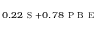
_ { 0 . 2 2 \mathrm { ~ S ~ } + 0 . 7 8 \mathrm { ~ P ~ B ~ E ~ } }